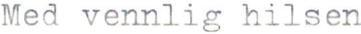
Med vennlig hilsen